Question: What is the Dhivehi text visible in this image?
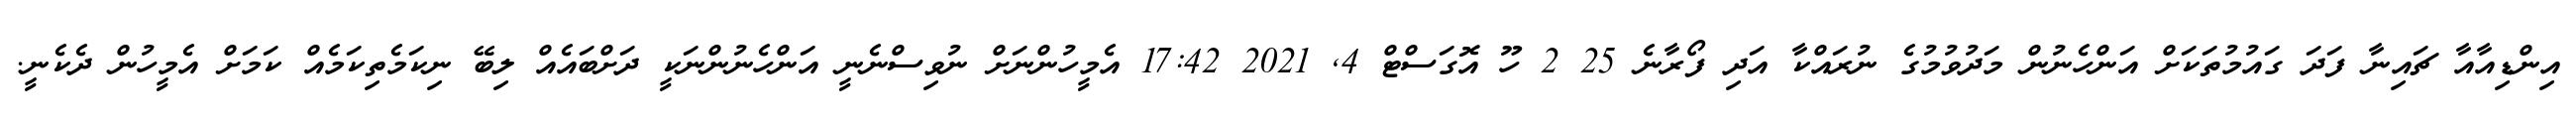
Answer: އިންޑިއާއާ ޗައިނާ ފަދަ ގައުމުތަކަށް އަންހެނުން މަދުވުމުގެ ނުރައްކާ އަދި ފޯރާނެ 25 2 ހޫ އޮގަސްޓް 4, 2021 17:42 އެމީހުންނަށް ނުވިސްނެނީ އަންހެނުންނަކީ ދަށްބައެއް ލިބޭ ނިކަމެތިކަމެއް ކަމަށް އެމީހުން ދެކެނީ.